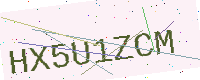
Text: HX5U1ZCM